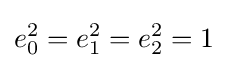
e_{0}^{2}=e_{1}^{2}=e_{2}^{2}=1